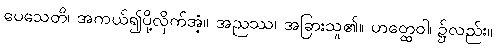
ပေသေတိ၊ အကယ်၍ပို့လိုက်အံ့။ အညဿ၊ အခြားသူ၏။ ဟတ္ထေဝါ၊ ၌လည်း။